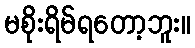
မစိုးရိမ်ရတော့ဘူး။